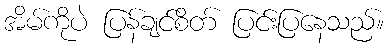
အိမ်ကိုပဲ ပြန်ချင်စိတ် ပြင်းပြနေသည်။